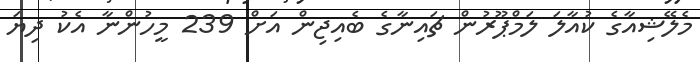
މެލޭޝިއާގެ ކުއާލަ ލަމްޕޫރުން ޗައިނާގެ ބެއިޖިން އަށް 239 މީހުންނާ އެކު ދިޔަ